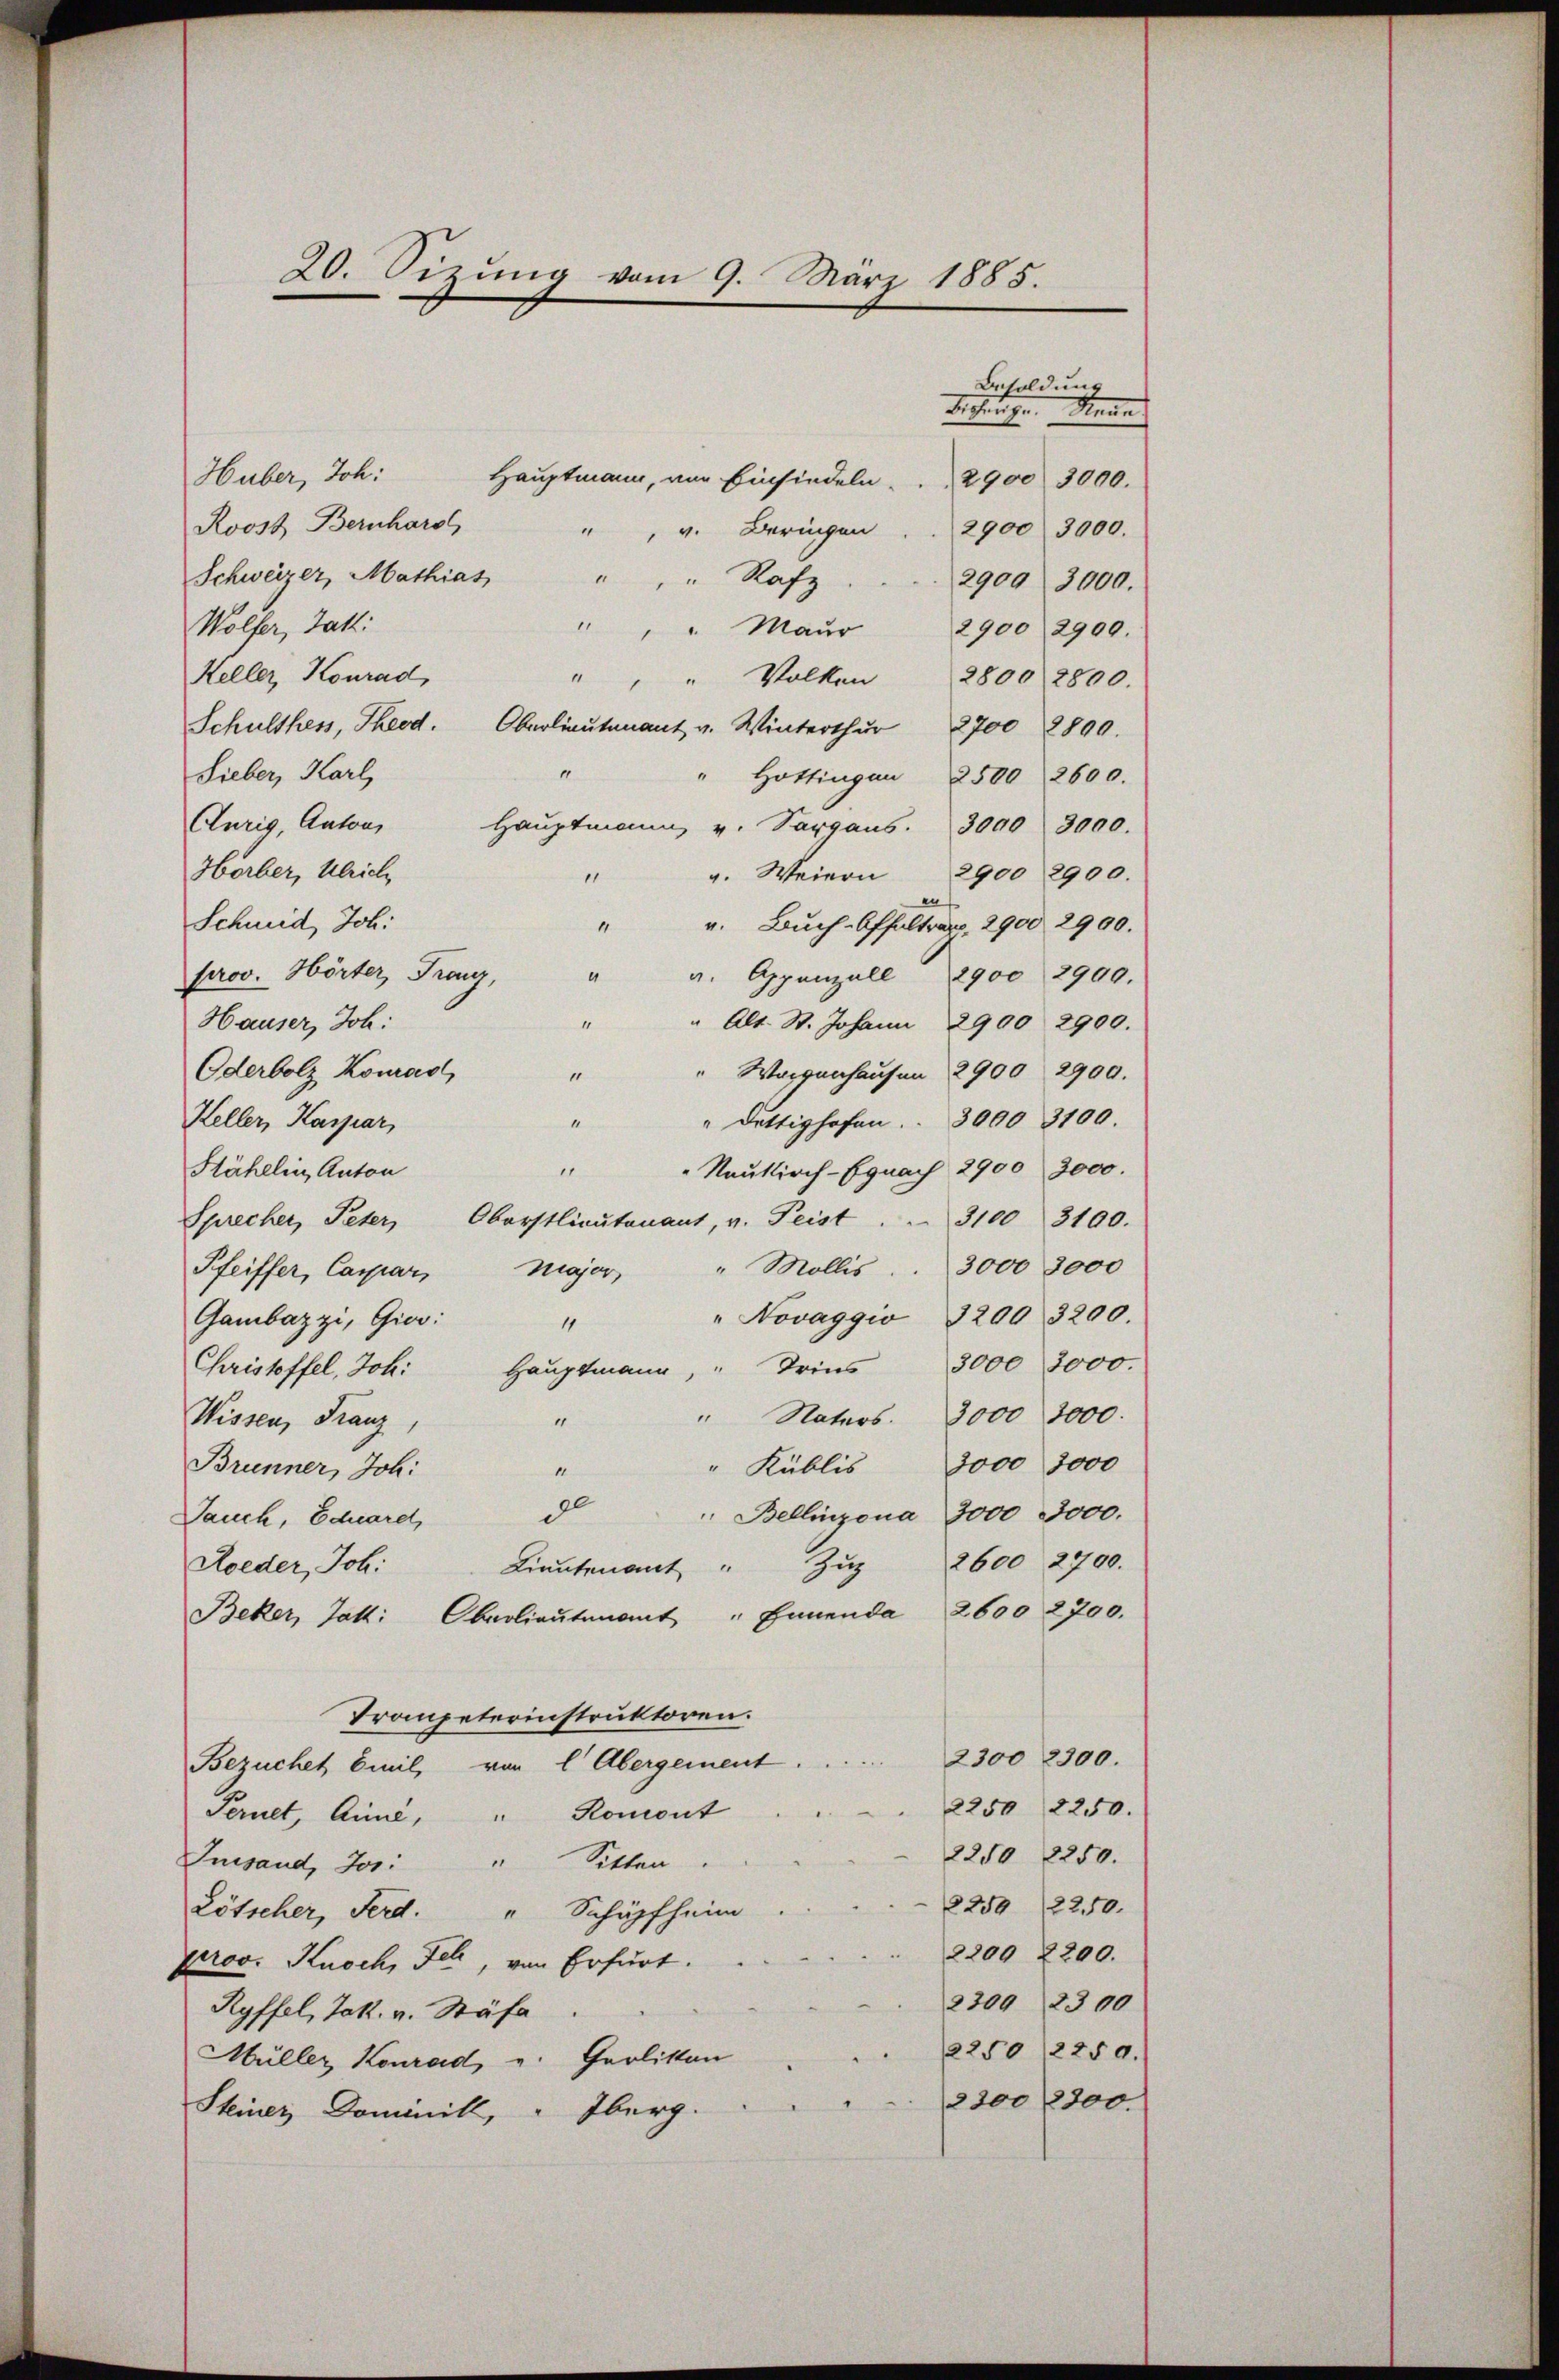
20. Sizung vom 9. März 1885.

Besoldung
Sicherhe
Sene
Huber, Joh.
Hauptmann, von Einsiedeln . . . 2900 3000.
Roost Bernhard
2900 3000.
", v. Beringen
Schweizer, Mathias " " " Rafz
2909. 3000.
Wolfer, Jak.
" " " Maŭr 2900 2900.
Keller, Konrad,
Volken 2800 2800.
“
Schulthes, Theod. Oberlieutenant v. Winterthŭr 700 2890.
“
Sieber, Karl,
" Hottingen 2500 2600.
Aurig, Anton Haŭptmann v. Sargans. 3000 3000.
Horber, Ulrich,
g. Weiern 2900 2900.
1
n
Schmid, Joh:
v. Buch-Offaltra, 2900 2900.
1
". Appenzell 2900 2900.
prov. Hörter, Franz,
.
Alt. St. Johann 2900 2900.
Hauser, Joh:
Worgenhausen 2900 2900.
Oderbolz Komad
“
" dettighofen. . 3000 3100.
“
Keller, Kaspar,
"Naukirch-Egnach 2900 3000.
1
Stähelin, Anton
Sprecher, Peter, Oberstlieutenant, v. Peist . . 3100. 3100.
Pfeiffer, Caspar Major " Mollis . . 3000 3000
" Novaggio 3200 3200.
Gambazzi, Gier:
4
Christoffel, Joh. Haŭptmann, " Seins 3000 3000.
" Naters. 3000 3000.
Wissen, Franz,
“
" Küblis 3000 3000
Brunner, Joh.
14
d
 Bellinzona 3000 3000.
Jauch, Eduard,
2600 2700.
Z
Roeder, Joh:
Lieutenant
Beker, Jak. Oberlieutenant " Ennenda 2600 2700.
Trompeterinstruktoren.
Bezüchet Emil, von l Abergement . . . . . . . 2300 2300.
2250, 2250.
Peruet, Anne, " Roment
2250 2250.
Lussand, Jos: " Sitten
2250 2250.
Lötscher, Ferd. " Schüpfheim
2200 2200.
prov. Knoch, Ich, von Erfurt.
2300 2300
Ryffel, Jak. v. Stäfa
2250, 2250.
Müller Konrad u. Gerlitten
2200/2300.
Steiner Dominik, " Oberg.